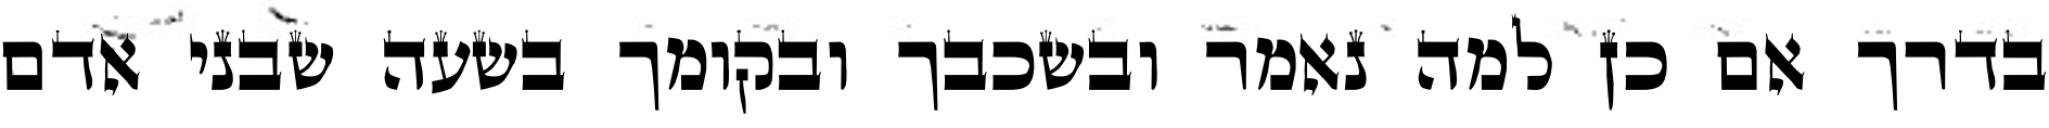
בדרך אם כן למה נאמר ובשכבך ובקומך בשעה שבני אדם